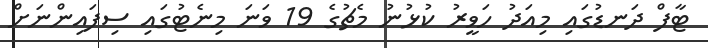
ޓާފް ދަނޑުގައި މިއަދު ހަވީރު ކުޅުނު މެޗުގެ 19 ވަނަ މިނެޓުގައި ސިފައިންނަށް